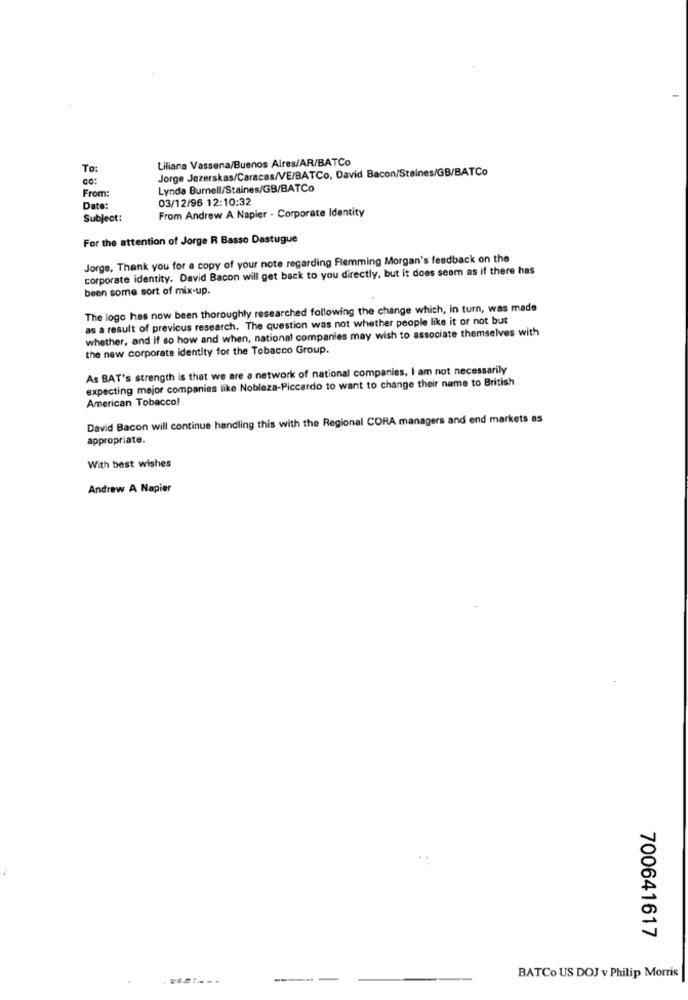
Liliana Vassena/Buenos Aires/AR/BATCo
To:
Jorge Jezerskas/Caracas/VE/BATCo, David Bacon/Staines/GB/BATCo
From:
Lynda Burnell/Staines/GB/BATCo
03/12/96 12:10:32
Date:
From Andrew A Napier - Corporate Identity
Subject:
For the attention of Jorge R Basso Dastugue
Jorge, Thank you for a copy of your note regarding Flemming Morgan's feedback on the
corporate identity. David Bacon will get back to you directly, but it does seem as if there has
been some sort of mix-up.
The logo has now been thoroughly researched following the change which, In turn, was made
as a result of previous research. The question was not whether people like it or not but
whether, and if so how and when, national companies may wish to associate themselves with
the new corporate identity for the Tobacco Group.
As BAT's strength is that we are a network of national companies, I am not necessarily
expecting major companies like Nobleza-Piccardo to want to change their name to British
American Tobacco!
David Bacon will continue handling this with the Regional CORA managers and end markets as
appropriate.
With best wishes
Andrew A Napier
700641617
BATCo US DOJ v Philip Morris